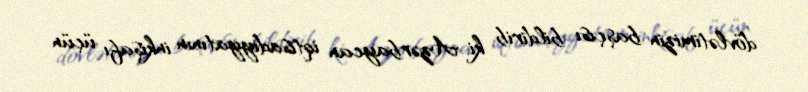
dövlətimizin başçısı bildirib ki, Azərbaycan iqtisadiyyatının inkişafı üçün